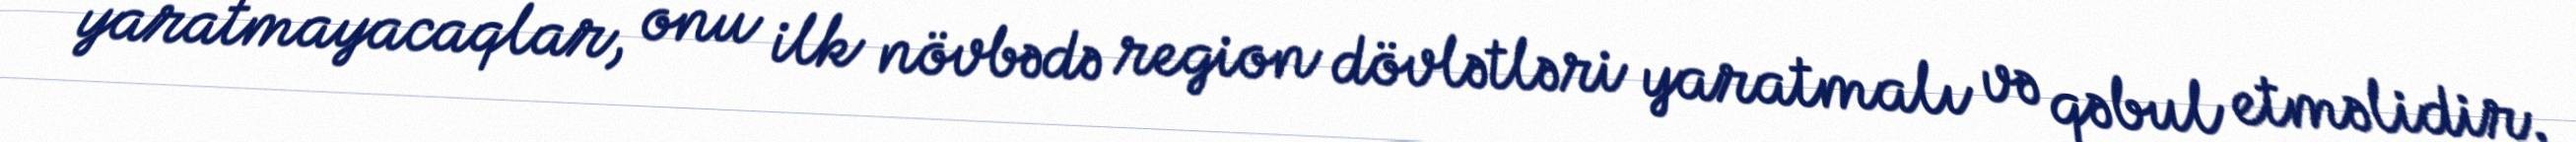
yaratmayacaqlar, onu ilk növbədə region dövlətləri yaratmalı və qəbul etməlidir.